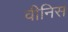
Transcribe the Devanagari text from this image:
वीनिस